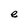
Character: e